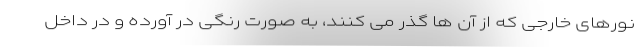
نورهای خارجی که از آن ها گذر می کنند، به صورت رنگی در آورده و در داخل